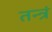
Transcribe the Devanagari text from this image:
तन्त्रं